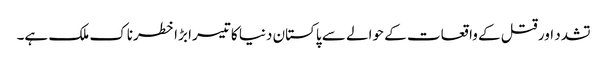
تشدد اور قتل کے واقعات کے حوالے سے پاکستان دنیا کا تیسرا بڑا خطرناک ملک ہے۔